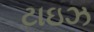
ટાઇઝ